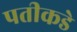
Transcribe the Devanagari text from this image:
पतीकडे